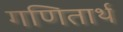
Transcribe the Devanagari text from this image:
गणितार्थ